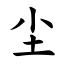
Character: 尘